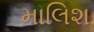
માલિશ